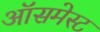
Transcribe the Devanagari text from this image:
ऑसमेस्ट